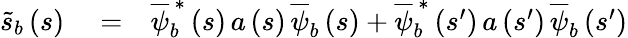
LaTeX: \begin{array}{rlr}{\widetilde{s}_{b}\left(s\right)}&{{}=}&{\overline{{\psi}}_{b}^{\, \ast}\left(s\right)\, a\left(s\right)\, \overline{{\psi}}_{b}\left(s\right)+\overline{{\psi}}_{b}^{\, \ast}\left(s^{\prime}\right)\, a\left(s^{\prime}\right)\, \overline{{\psi}}_{b}\left(s^{\prime}\right)}\end{array}